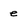
Character: e